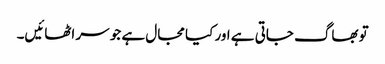
تو بھاگ جاتی ہے اور کیا مجال ہے جو سر اٹھائیں۔